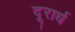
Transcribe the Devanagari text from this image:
दूरार्ध